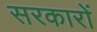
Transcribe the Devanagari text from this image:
सरकाराें